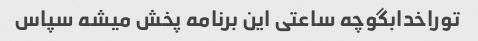
توراخدابگوچه ساعتی این برنامه پخش میشه سپاس